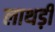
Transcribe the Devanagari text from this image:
लाथड़ी